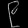
Digit: ၉